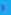
و